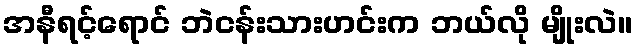
အနီရင့်ရောင် ဘဲငန်းသားဟင်းက ဘယ်လို မျိုးလဲ။